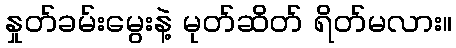
နှုတ်ခမ်းမွေးနဲ့ မုတ်ဆိတ် ရိတ်မလား။